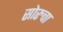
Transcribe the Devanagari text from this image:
सोरुचा